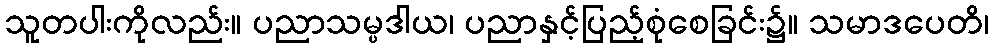
သူတပါးကိုလည်း။ ပညာသမ္ပဒါယ၊ ပညာနှင့်ပြည့်စုံစေခြင်း၌။ သမာဒပေတိ၊